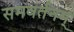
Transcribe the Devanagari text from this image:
समवर्तनम्